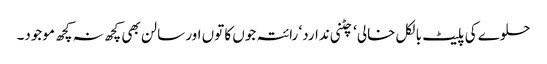
حلوے کی پلیٹ بالکل خالی ‘ چٹنی ندارد‘ رائتہ جوں کا توں اور سالن بھی کچھ نہ کچھ موجود۔